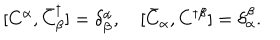
LaTeX: [ C ^ { \alpha } , \bar { C } _ { \beta } ^ { \dagger } ] = \delta _ { \beta } ^ { \alpha } , \quad [ \bar { C } _ { \alpha } , C ^ { \dagger \beta } ] = \delta _ { \alpha } ^ { \beta } .